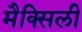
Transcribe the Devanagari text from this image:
मैक्सिली